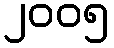
၂၀၀၅